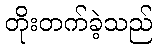
တိုးတက်ခဲ့သည်